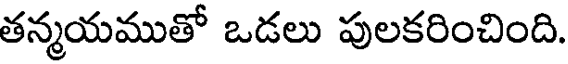
తన్మయముతో ఒడలు పులకరించింది.